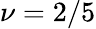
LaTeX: \nu=2/5